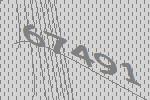
67491